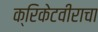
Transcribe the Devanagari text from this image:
क्रिकेटवीराचा